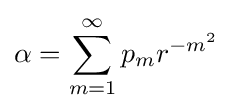
\alpha =\sum _{m=1}^{\infty }p_{m}r^{-m^{2}}